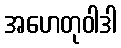
အဟေတုဝါဒါ